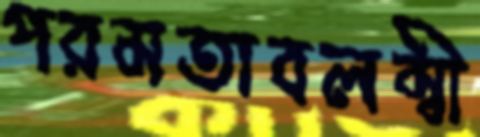
পরমতাবলম্বী